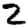
Digit: 2